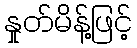
နှုတ်မိန့်ဖြင့်